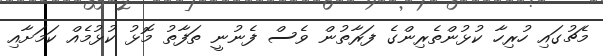
މެޗުގައި ހުރިހާ ކުޅުންތެރިންގެ ފަރާތުން ވެސް ފެނުނީ ތަފާތު މޮޅު ކުޅުމެއް ކަމަށާއި